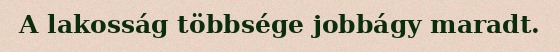
A lakosság többsége jobbágy maradt.